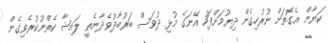
ކަޔާން އެގޮތަށް ނުރުހިގެން ދިޔުމަށްފަހު އޭނަގެ މުޅި ދުވަސް ބަރުބާދުވެދާނެތީ ލައިޝާ ކެތްނުކުރެވިގެން